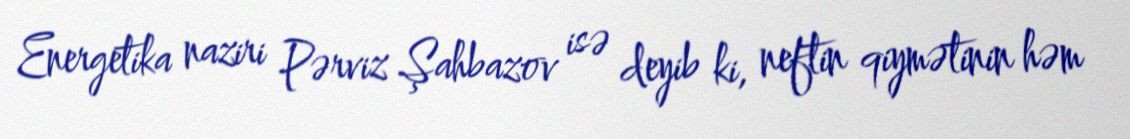
Energetika naziri Pərviz Şahbazov isə deyib ki, neftin qiymətinin həm